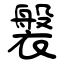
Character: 褩